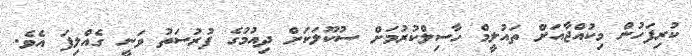
ކުރިފަހުން މިކުއްޖާއަށް ތައުލީމް ހާސިލްކުރުމަށް ސުކޫލަކަށް ދިއުމުގެ ފުރުސަތު ވަނީ ގެއްލިފަ އެވެ.